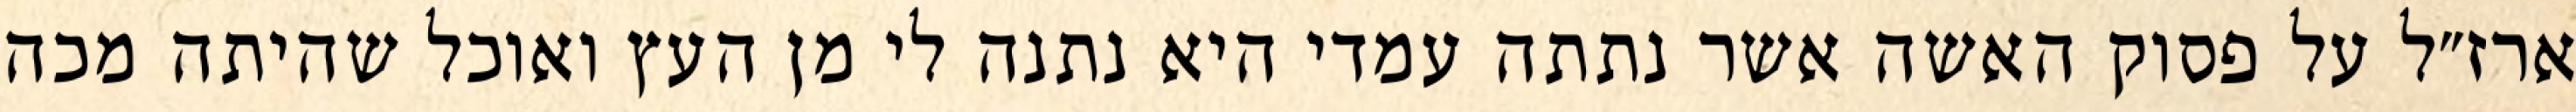
ארז״ל על פסוק האשה אשר נתתה עמדי היא נתנה לי מן העץ ואוכל שהיתה מכה